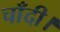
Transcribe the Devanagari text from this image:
चाँदी।